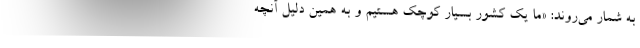
به شمار می‌روند: «ما یک کشور بسیار کوچک هستیم و به همین دلیل آنچه